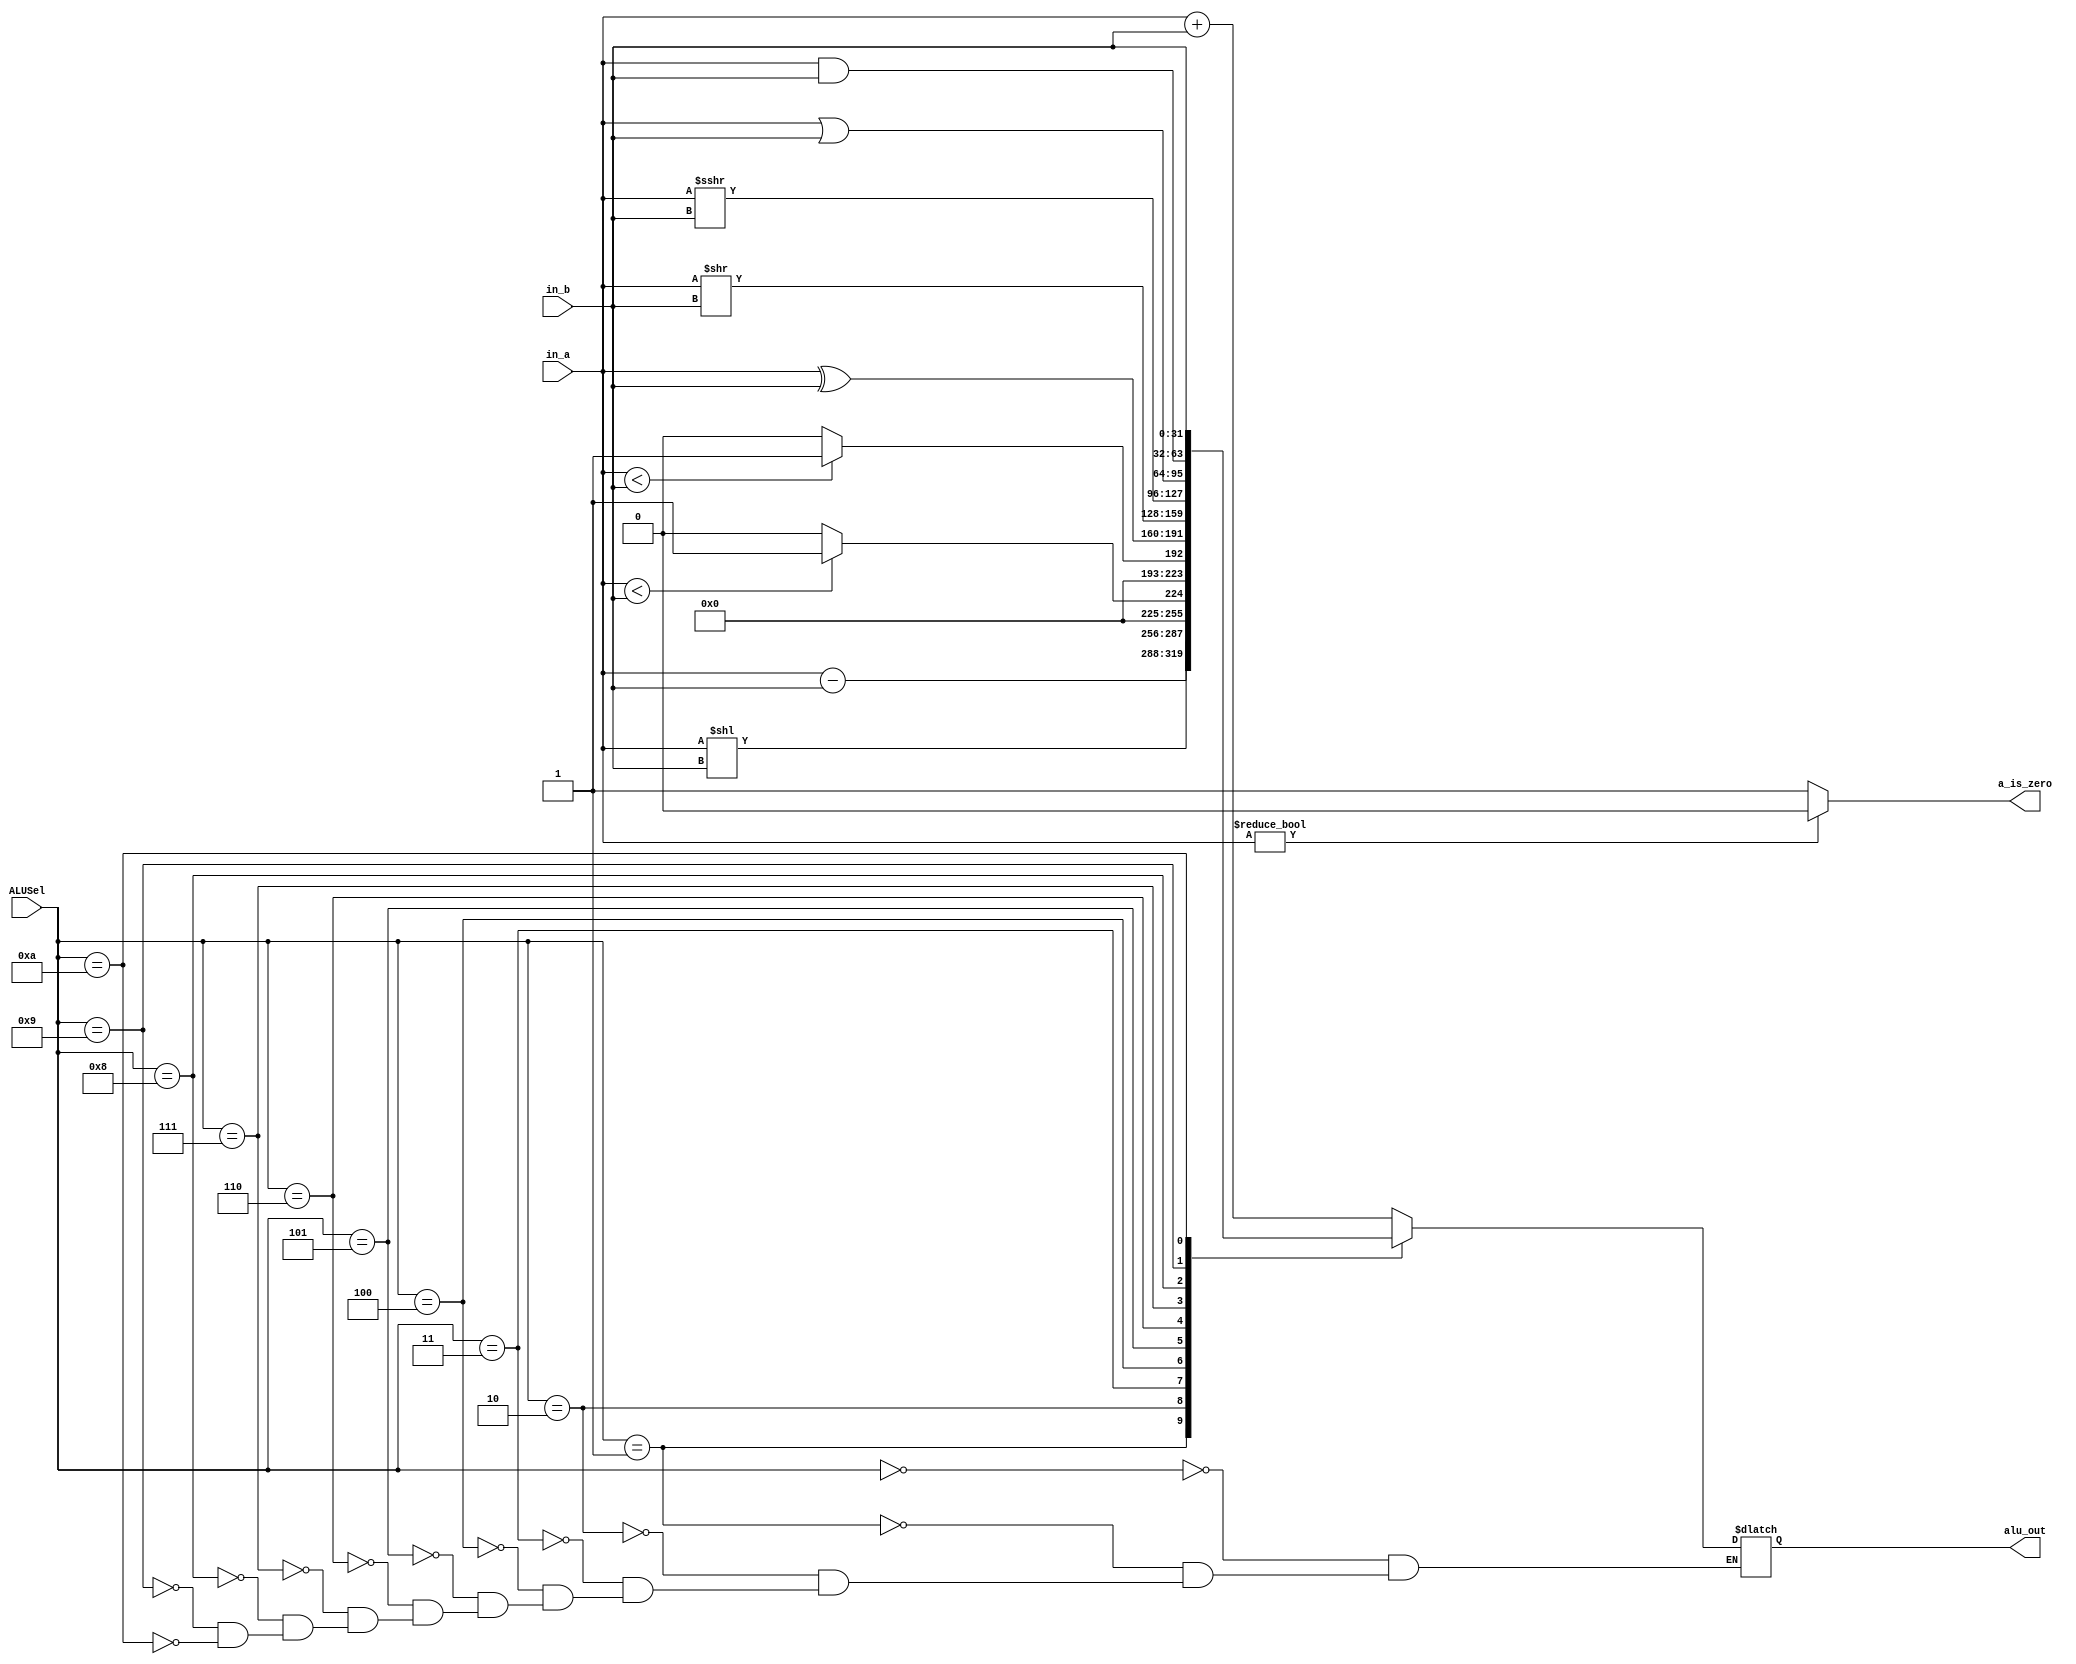
module  alu#(parameter WIDTH=32)(
	input wire[3:0]	ALUSel ,
	input wire [WIDTH-1:0] in_a   ,
	input wire [WIDTH-1:0] in_b   ,
	output a_is_zero,
	output reg [WIDTH-1:0] alu_out);

assign a_is_zero=in_a? 0:1;

always@(*)
begin
	case(ALUSel)
	0:
		begin//add
			alu_out=in_a+in_b;
			$display("@%d add,%h,%h",$time,in_a,in_b);
		end
	1:
		begin//sub
			alu_out=in_a-in_b;
			
		end
	2:
		begin//sll
			alu_out=in_a<<in_b;

		end

	3:
		begin//slt
			alu_out=$signed(in_a)<$signed(in_b)?1:0;

		end
	4:
		begin//sltu
			alu_out=$unsigned(in_a)<$unsigned(in_b)?1:0;

		end
	5:
		begin//xor
			alu_out=in_a^in_b;

		end
	6:
		begin//srl
			alu_out=in_a>>in_b;
		end
	7:
		begin//sra
			alu_out=$signed($signed(in_a)>>>in_b);

		end
	8:
		begin//or
			alu_out=in_a|in_b;

		end
	9:
		begin//and
			alu_out=in_a&in_b;

		end
	10:
		begin
			alu_out=in_b;
		end	
	default:
			$display("@%d ALU case not defined",$time);
	endcase
end
	
endmodule